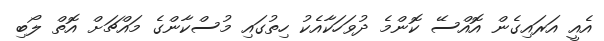
އެއީ އަރައިގެން އޮއްސޭ ކޮންމެ ދުވަހަކާއެކު ހިތުގައި މުސްކާންގެ މައްޗަށް އޮތް ލޯބި